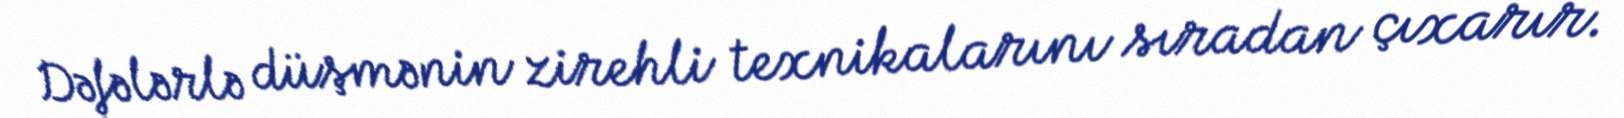
Dəfələrlə düşmənin zirehli texnikalarını sıradan çıxarır.